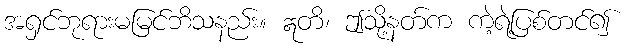
အရှင်ဘုရားမမြင်ဘိသနည်း။ ဣတိ၊ ဤသို့နတ်က ကဲ့ရဲ့ပြစ်တင်၍